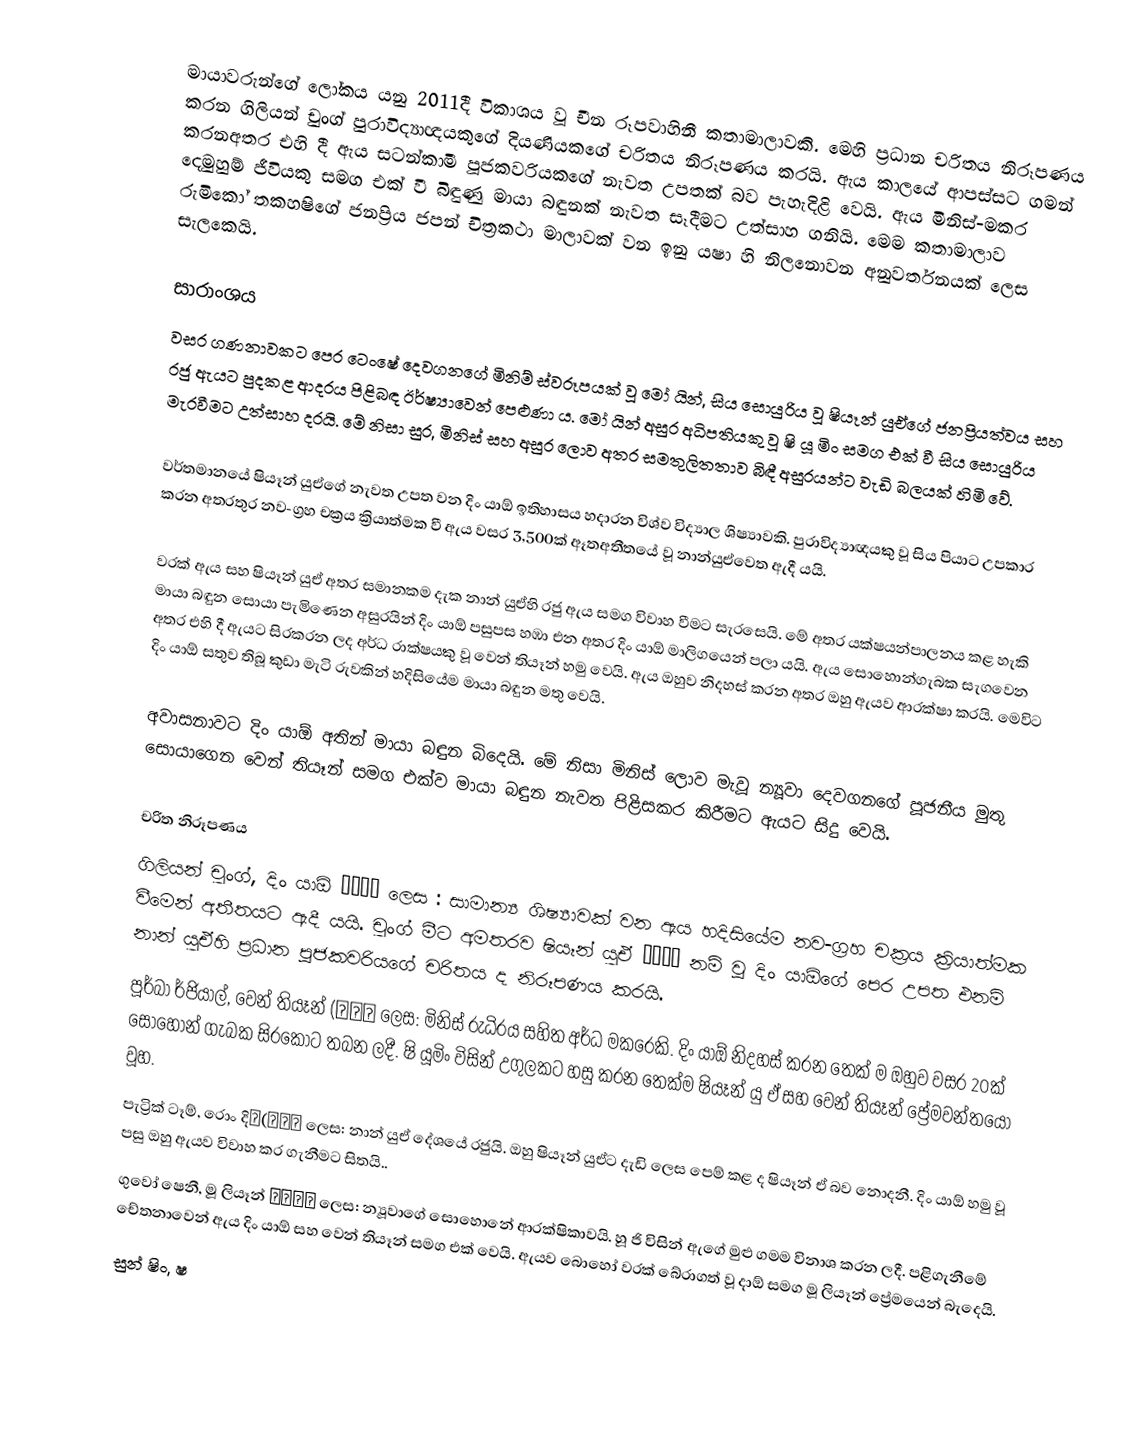
මායාවරුන්ගේ ලෝකය යනු 2011දී විකාශය වූ චීන රූපවාහිනී කතාමාලාවකි. මෙහි ප්‍රධාන චරිතය නිරූපණය කරන ගිලියන් චුංග් පුරාවිද්‍යාඥයකුගේ දියණියකගේ චරිතය නිරූපණය කරයි. ඇය කාලයේ ආපස්සට ගමන් කරනඅතර එහි දී ඇය සටන්කාමී පූජකවරියකගේ නැවත උපතක් බව පැහැදිළි වෙයි. ඇය මිනිස්-මකර දෙමුහුම් ජීවියකු සමග එක් වී බිඳුණු මායා බඳුනක් නැවත සෑදීමට උත්සාහ ගනියි. මෙම කතාමාලාව රුමිකෝ තකහෂිගේ ජනප්‍රිය ජපන් චිත්‍රකථා මාලාවක් වන ඉනු යෂා හි නිලනොවන අනුවර්තනයක් ලෙස සැලකෙයි.

සාරාංශය
වසර ගණනාවකට පෙර ටෙංෂේ දෙවගනගේ මිනිම් ස්වරූපයක් වූ මෝ යින්, සිය සොයුරිය වූ ෂියෑන් යුඒගේ ජනප්‍රියත්වය සහ රජු ඇයට පුදකළ ආදරය පිළිබඳ ඊර්ෂ්‍යාවෙන් පෙළුණා ය. මෝ යින් අසුර අධිපතියකු වූ ෂි යූ මිං සමග එක් වී සිය සොයුරිය මැරවීමට උත්සාහ දරයි. මේ නිසා සුර, මිනිස් සහ අසුර ලොව අතර සමතුලිතතාව බිඳී අසුරයන්ට වැඩි බලයක් හිමි වේ.

වර්තමානයේ ෂියෑන් යුඒගේ නැවත උපත වන දිං යාඕ ඉතිහාසය හදාරන විශ්ව විද්‍යාල ශිෂ්‍යාවකි. පුරාවිද්‍යාඥයකු වූ සිය පියාට උපකාර කරන අතරතුර නව-ග්‍රහ චක්‍රය ක්‍රියාත්මක වී ඇය වසර 3,500ක් ඈතඅතීතයේ වූ නාන්යුඒවෙත ඇදී යයි.

වරක් ඇය සහ ෂියෑන් යුඒ අතර සමානකම දැක නාන් යුඒහි රජු ඇය සමග විවාහ වීමට සැරසෙයි. මේ අතර යක්ෂයන්පාලනය කළ හැකි මායා බඳුන සොයා පැමිණෙන අසුරයින් දිං යාඕ පසුපස හඹා එන අතර දිං යාඕ මාලිගයෙන් පලා යයි. ඇය සොහොන්ගැබක සැගවෙන අතර එහි දී ඇයට සිරකරන ලද අර්ධ රාක්ෂයකු වූ වෙන් තියෑන් හමු වෙයි. ඇය ඔහුව නිදහස් කරන අතර ඔහු ඇයව ආරක්ෂා කරයි. මෙවිට දිං යාඕ සතුව තිබූ කුඩා මැටි රුවකින් හදිසියේම මායා බඳුන මතු වෙයි.

අවාසනාවට දිං යාඕ අතින් මායා බඳුන බිදෙයි. මේ නිසා මිනිස් ලොව මැවූ න්‍යූවා දෙවගනගේ පූජනීය මුතු සොයාගෙන වෙන් තියෑන් සමග එක්ව මායා බඳුන නැවත පිළිසකර කිරීමට ඇයට සිදු වෙයි.

චරිත නිරූපණය
 ගිලියන් චුංග්, දිං යාඕ （丁瑶） ලෙස : සාමාන්‍ය ශිෂ්‍යාවක් වන ඇය හදිසියේම නව-ග්‍රහ චක්‍රය ක්‍රියාත්මක වීමෙන් අතීතයට ඇදී යයි. චුංග් මීට අමතරව ෂියෑන් යුඒ （仙乐） නම් වූ දිං යාඕගේ පෙර උපත එනම් නාන් යුඒහි ප්‍රධාන පූජකවරියගේ චරිතය ද නිරූපණය කරයි.
 පූර්බා ර්ජියාල්, වෙන් තියෑන් ‍(问天） ලෙස: මිනිස් රුධිරය සහිත අර්ධ මකරෙකි. දිං යාඕ නිදහස් කරන තෙක් ම ඔහුව වසර 20ක් සොහොන් ගැබක සිරකොට තබන ලදී. ෂි යූමිං විසින් උගුලකට හසු කරන තෙක්ම ෂියෑන් යු ඒ සහ වෙන් තියෑන් ප්‍රේමවන්තයෝ වූහ.
 පැට්‍රික් ටෑම්, රොං දි（(荣狄） ලෙස: නාන් යුඒ දේශයේ රජුයි. ඔහු ෂියෑන් යුඒට දැඩි ලෙස පෙම් කළ ද ෂියෑන් ඒ බව නොදනී. දිං යාඕ හමු වූ පසු ඔහු ඇයව විවාහ කර ගැනීමට සිතයි..
 ගුවෝ ෂෙනී, මූ ලියෑන් （慕莲） ලෙස: න්‍යූවාගේ සොහොනේ ආරක්ෂිකාවයි. හූ ජි විසින් ඇගේ මුළු ගමම විනාශ කරන ලදී. පළිගැනීමේ චේතනාවෙන් ඇය දිං යාඕ සහ වෙන් තියෑන් සමග එක් වෙයි. ඇයව බොහෝ වරක් බේරාගත් වූ දාඕ සමග මූ ලියෑන් ප්‍රේමයෙන් බැදෙයි.
 සුන් ෂිං, ෂ